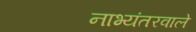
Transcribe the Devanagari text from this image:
नाभ्यंतरवाले